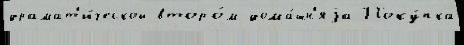
драмат'и́ческой второ́м дома́шн'яjа Поку́пка